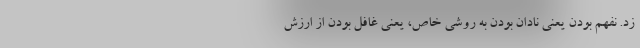
زد. نفهم بودن یعنی نادان بودن به روشی خاص، یعنی غافل بودن از ارزش